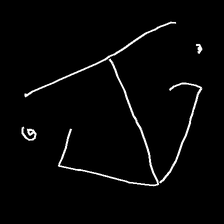
Glyph: earth